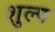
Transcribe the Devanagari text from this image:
शुल्प